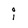
Character: i